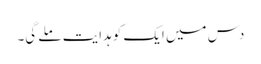
دس میں ایک کو ہدایت ملے گی۔